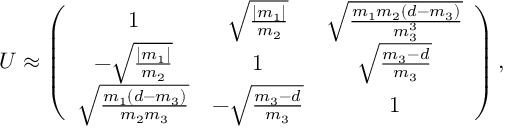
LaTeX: U \approx \left( \begin{array} { c c c } { { 1 } } & { { \sqrt { \frac { | m _ { 1 } | } { m _ { 2 } } } } } & { { \sqrt { \frac { m _ { 1 } m _ { 2 } ( d - m _ { 3 } ) } { m _ { 3 } ^ { 3 } } } } } \\ { { - \sqrt { \frac { | m _ { 1 } | } { m _ { 2 } } } } } & { { 1 } } & { { \sqrt { \frac { m _ { 3 } - d } { m _ { 3 } } } } } \\ { { \sqrt { \frac { m _ { 1 } ( d - m _ { 3 } ) } { m _ { 2 } m _ { 3 } } } } } & { { - \sqrt { \frac { m _ { 3 } - d } { m _ { 3 } } } } } & { { 1 } } \end{array} \right) ,